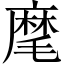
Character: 麾